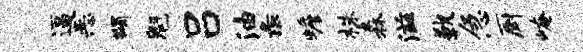
逼恶蠲魁吕油彘蟾株森滋歉急厨崦